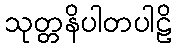
သုတ္တနိပါတပါဠိ